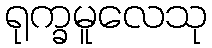
ရုက္ခမူလေသု